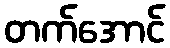
တက်အောင်